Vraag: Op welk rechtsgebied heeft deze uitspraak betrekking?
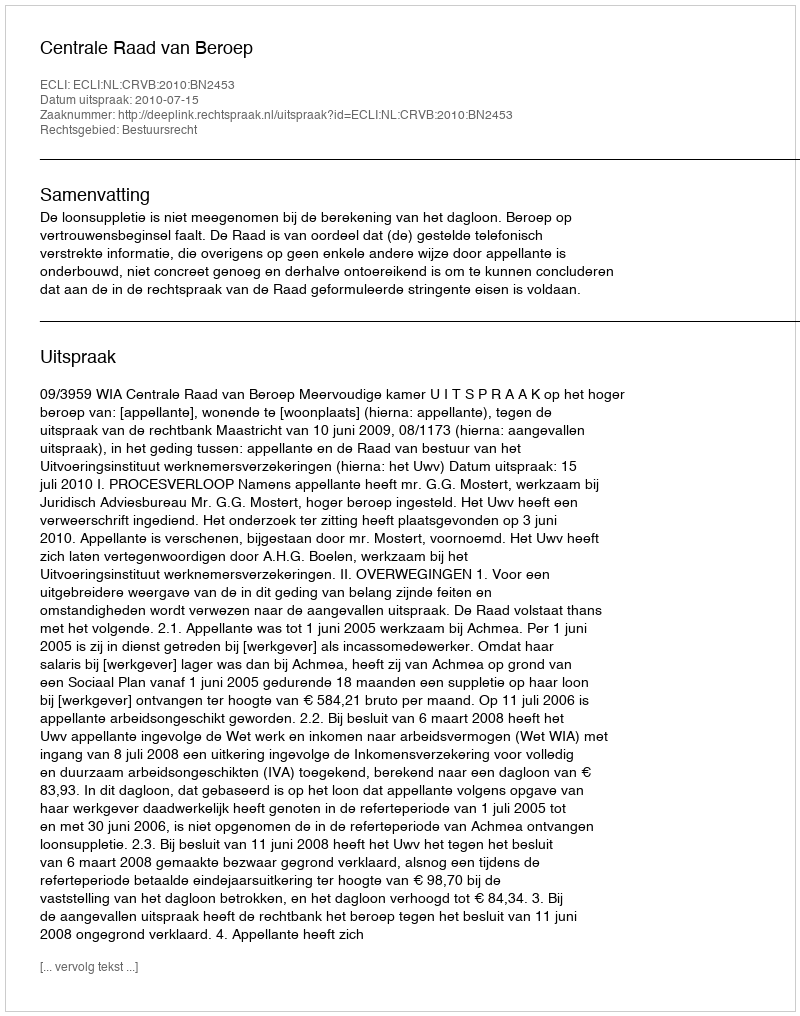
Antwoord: Bestuursrecht